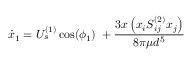
\dot { x } _ { 1 } = U _ { s } ^ { ( 1 ) } \cos ( \phi _ { 1 } ) \; + \frac { 3 x \left( x _ { i } S _ { i j } ^ { ( 2 ) } x _ { j } \right) } { 8 \pi \mu d ^ { 5 } }